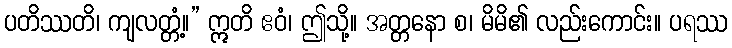
ပတိဿတိ၊ ကျလတ္တံ့။” ဣတိ ဧဝံ၊ ဤသို့။ အတ္တနော စ၊ မိမိ၏ လည်းကောင်း။ ပရဿ